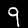
Label: 9